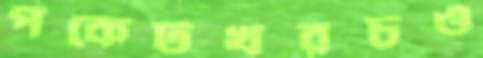
পকেটখরচও